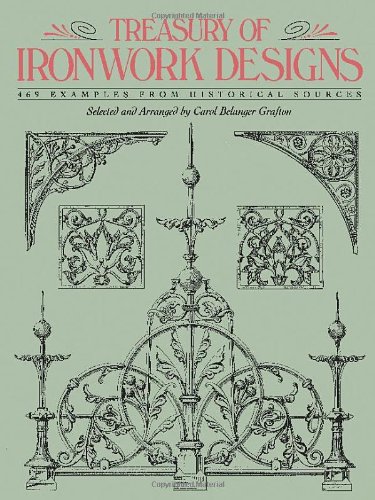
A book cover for Treasury of Ironwork Designs: 469 Examples from Historical Sources (Dover Pictorial Archive); Crafts, Hobbies & Home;